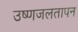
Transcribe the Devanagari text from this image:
उष्णजलतापन